Tartu_Muinsuskaitse_Uhendus, lk 2
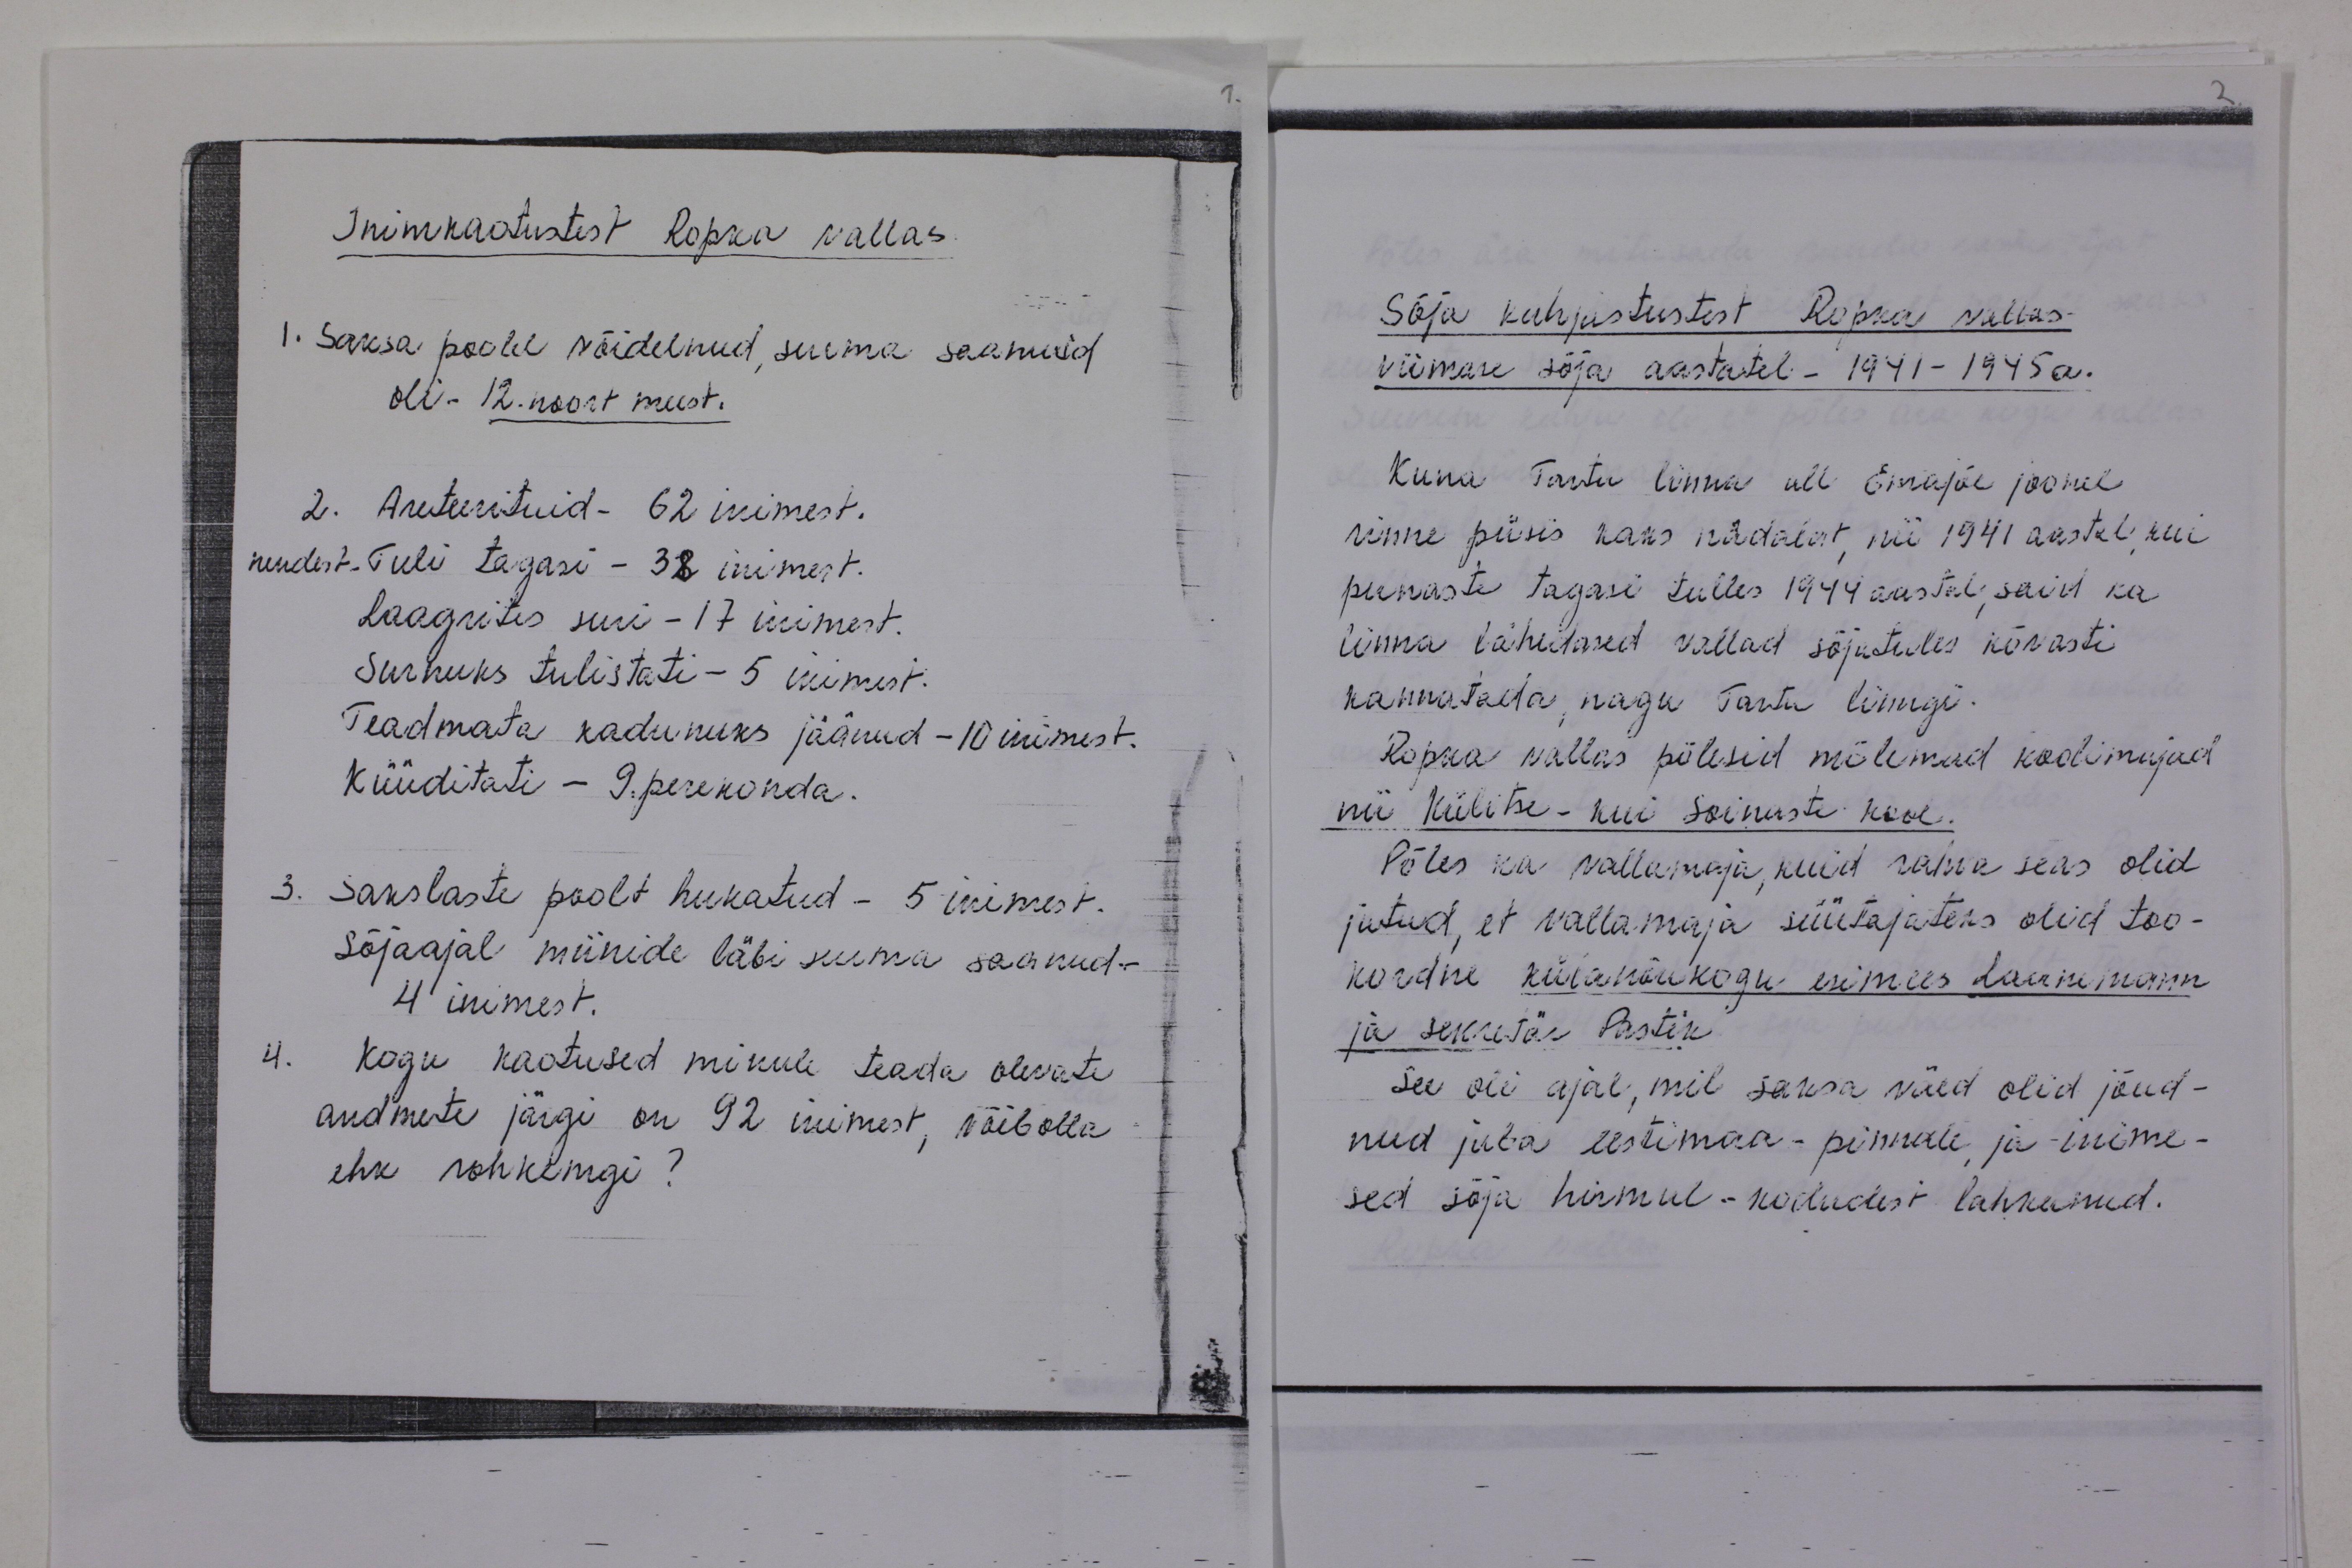
Inimkaotustest Ropka vallas.
1. Saksa poolel võidelnud, surma saanuid
oli - 12. noort meest.
2. Areteerituid - 62 inimest.
nendest. Tuli tagasi - 38 inimest.
Laagrites suri - 17 inimest.
Surnuks tulistati - 5 inimest.
Teadmata kadunuks jäänud - 10 inimest.
Küüditati - 9. perekonda.
3. Sakslaste poolt hukatud - 5 inimest.
Sõjaajal miinide läbi surma saanud.
4 inimest.
4. Kogu kaotused minule teada olevate
andmete järgi on 92 inimest, võibolla
ehk rohkemgi?

Sõja kahjustustest Ropka vallas.
Viimase sõja aastatel - 1941-1945 a.
Kuna Tartu linna all Emajõe joonel
rinne püsis kaks nädalat, nii 1941 aastal kui
punaste tagasi tulles 1944 aastal, said ka
linna lähedased vallad sõjutules kõvasti
kannatada, nagu Tartu linngi-
Ropka vallas põlesid mõlemad koolimajad
nii Külitse-kui Soinaste kool.
Põles ka vallamaja, kuid rahva seas olid
jutud, et vallamaja süütajateks olid too-
kordne külanõukogu esimees Laanemann
ja sekretär Pastik
See oli ajal, mil saksa väed olid jõud-
nud juba eestimaa-pinnale ja inime-
sed sõja hirmul - kodudest lahkunud.